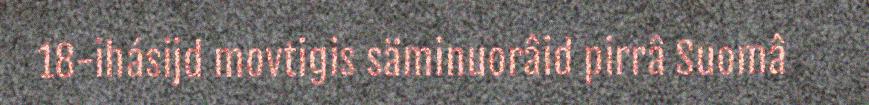
18-ihásijd movtigis säminuorâid pirrâ Suomâ